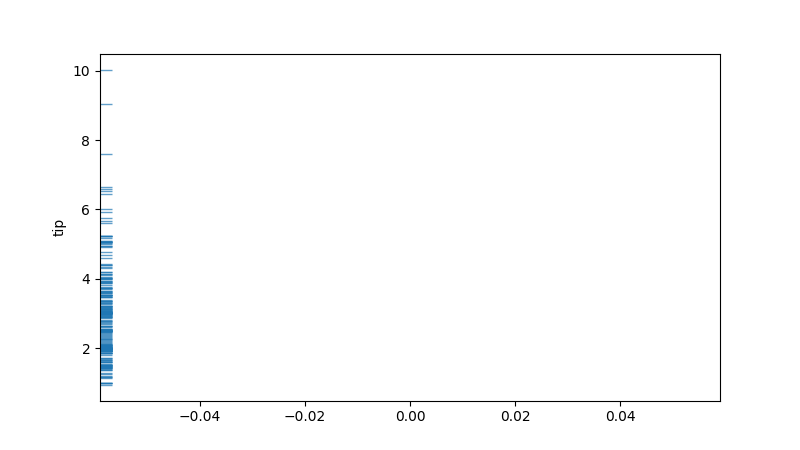
python, seaborn, rugplot, height=0.02, axis='y', alpha=0.7